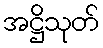
အဋ္ဌိသုတ်